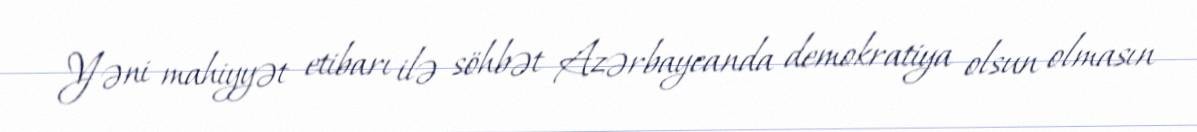
Yəni mahiyyət etibarı ilə söhbət Azərbaycanda demokratiya olsun olmasın